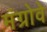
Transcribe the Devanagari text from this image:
मंग्रोवे